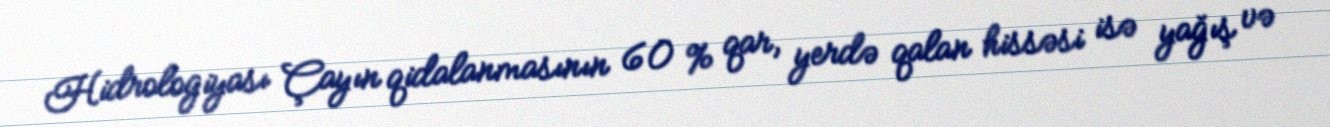
Hidrologiyası Çayın qidalanmasının 60 % qar, yerdə qalan hissəsi isə yağış və